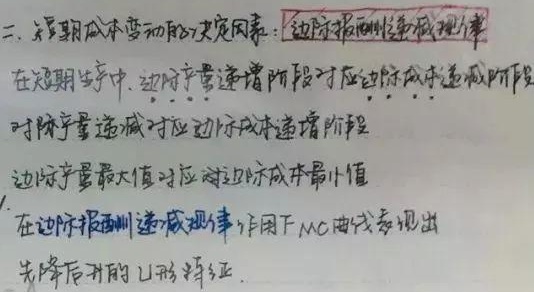
二、短期成本变动的决定因素：边际报酬递减规律

在短期生产中，边际产量递增阶段对应边际成本递减阶段，边际产量递减对应边际成本递增阶段。边际产量最大值对应边际成本最小值。在边际报酬递减规律作用下，MC曲线表现出先降后升的U形特征。